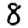
Digit: 8